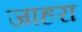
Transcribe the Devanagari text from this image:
जाहरा